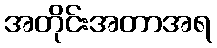
အတိုင်းအတာအရ